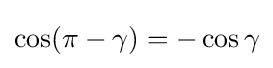
\cos(\pi -\gamma )=-\cos \gamma